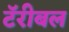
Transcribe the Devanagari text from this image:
टॅरीबल